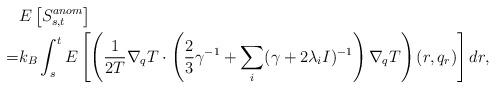
LaTeX: \begin{align*}&E\left[S_{s,t}^{anom}\right]\\=&k_B\int_s^tE\left[\left( \frac{1}{2T}\nabla_qT\cdot \left( \frac{2}{3}\gamma^{-1}+\sum_i(\gamma+2\lambda_i I)^{-1}\right)\nabla_qT\right)(r,q_r) \right]dr,\end{align*}